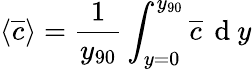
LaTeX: \langle\overline{{c}}\rangle=\frac{1}{y_{90}}\int_{y=0}^{y_{90}}\overline{{c}}\, \mathrm{~d~}y